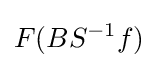
F(BS^{-1}f)